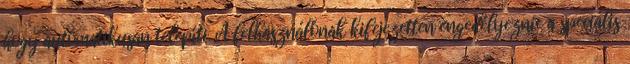
hogy automatikusan telepíti. A felhasználónak kifejezetten engedélyeznie a speciális